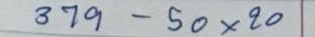
379 - 50 x 20